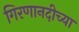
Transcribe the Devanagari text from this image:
गिरणानदीच्या